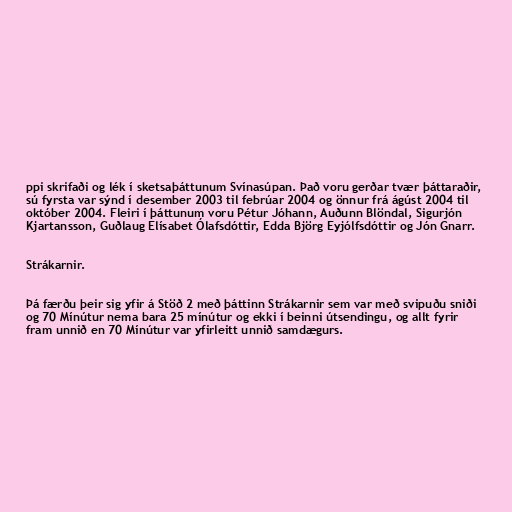
ppi skrifaði og lék í sketsaþáttunum Svínasúpan. Það voru gerðar tvær þáttaraðir,
sú fyrsta var sýnd í desember 2003 til febrúar 2004 og önnur frá ágúst 2004 til
október 2004. Fleiri í þáttunum voru Pétur Jóhann, Auðunn Blöndal, Sigurjón
Kjartansson, Guðlaug Elísabet Ólafsdóttir, Edda Björg Eyjólfsdóttir og Jón Gnarr.

Strákarnir.

Þá færðu þeir sig yfir á Stöð 2 með þáttinn Strákarnir sem var með svipuðu sniði
og 70 Mínútur nema bara 25 mínútur og ekki í beinni útsendingu, og allt fyrir
fram unnið en 70 Mínútur var yfirleitt unnið samdægurs.